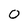
Character: O